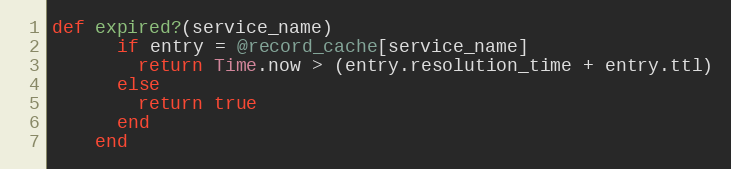
Language: Ruby
def expired?(service_name)
      if entry = @record_cache[service_name]
        return Time.now > (entry.resolution_time + entry.ttl)
      else
        return true
      end
    end